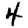
Digit: 4